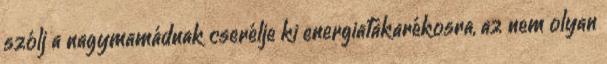
szólj a nagymamádnak cserélje ki energiatakarékosra, az nem olyan